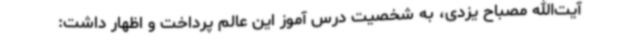
آیت‌الله مصباح یزدی، به شخصیت درس آموز این عالم پرداخت و اظهار داشت: